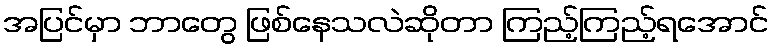
အပြင်မှာ ဘာတွေ ဖြစ်နေသလဲဆိုတာ ကြည့်ကြည့်ရအောင်